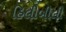
હિલીબીલી